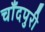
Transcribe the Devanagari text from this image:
चाँदपुरी